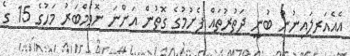
އެއެއަރލައިނުން ބުނީ ދަތުރުތައް ފެށުމުގެ ގޮތުން އަންނަ ނޮވެމްބަރު މަހުގެ 15 ގެ